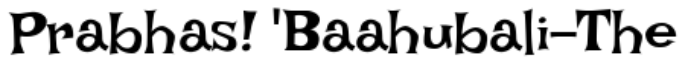
Prabhas! 'Baahubali-The